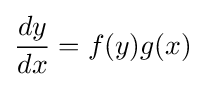
{\frac {dy}{dx}}=f(y)g(x)